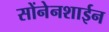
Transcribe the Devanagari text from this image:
सोंनेनशाईन